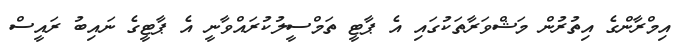
އިމްރާންގެ އިތުރުުން މަޝްވަރާތަކުގައި އެ ޕާޓީ ތަމްސީލުކުރައްވާނީ އެ ޕާޓީގެ ނައިބު ރައީސް